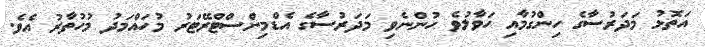
އަތޮޅު މަދަރުސާގެ ހިންގުމާއި ހަވާލުވެ ހުންނެވި މަދަރުސާގެ އެޑްމިންސްޓްރޭޓަރު މުހައްމަދު މުހުތާރު އެވެ.